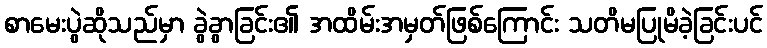
စာမေးပွဲဆိုသည်မှာ ခွဲခွာခြင်း၏ အထိမ်းအမှတ်ဖြစ်ကြောင်း သတိမပြုမိခဲ့ခြင်းပင်